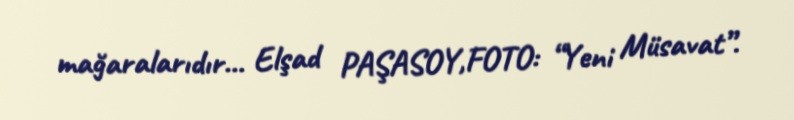
mağaralarıdır... Elşad PAŞASOY,FOTO: “Yeni Müsavat”.